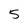
Character: 5